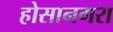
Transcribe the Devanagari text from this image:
होसानगरा